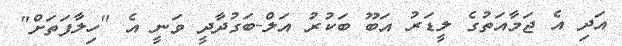
އަދި އެ ޖަމާއަތުގެ ލީޑަރު އަބޫ ބަކުރު އަލް-ބަގުދާދީ ވަނީ އެ "ހިލާފަތަށް"